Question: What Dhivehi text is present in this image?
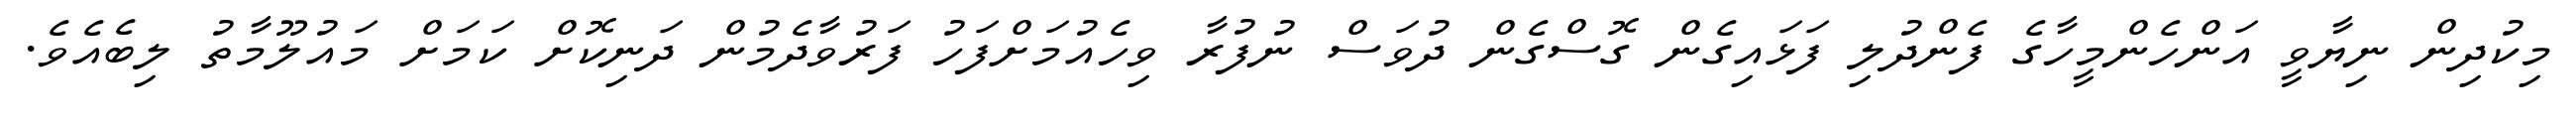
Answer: މިކުދިން ނިޔާވީ އަންހެންމީހާގެ ފެންދުލި ފަޅައިގެން ގޮސްގެން ދުވަސް ނުފުރާ ވިހެއުމަށްފަހު ފަރުވާދެމުން ދަނިކޮށް ކަމަށް މައުލޫމާތު ލިބެއެވެ.